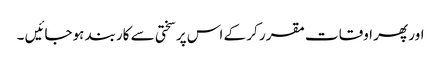
اور پھر اوقات مقرر کر کے اس پر سختی سے کاربند ہوجائیں ۔